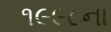
૧૯૯૮ના